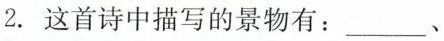
2.这首诗中描写的景物有：___、